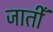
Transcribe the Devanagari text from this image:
जातीँ